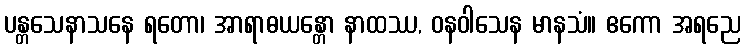
ပန္တသေနာသနေ ရတော၊ အာရာဓယန္တော နာထဿ, ဝနဝါသေန မာနသံ။ ဧကော အရညေ